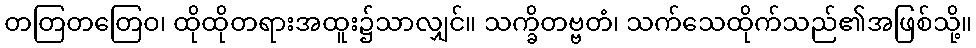
တတြတတြေဝ၊ ထိုထိုတရားအထူး၌သာလျှင်။ သက္ခိတဗ္ဗတံ၊ သက်သေထိုက်သည်၏အဖြစ်သို့။